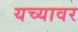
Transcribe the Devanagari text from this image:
यच्यावर